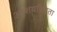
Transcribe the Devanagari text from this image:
आशयप्रियता